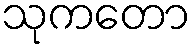
သုကတော